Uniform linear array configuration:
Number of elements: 32
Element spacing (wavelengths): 0.5
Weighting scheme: uniform
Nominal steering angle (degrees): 30
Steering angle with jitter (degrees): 29.599
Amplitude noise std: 0.05
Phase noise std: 0.05

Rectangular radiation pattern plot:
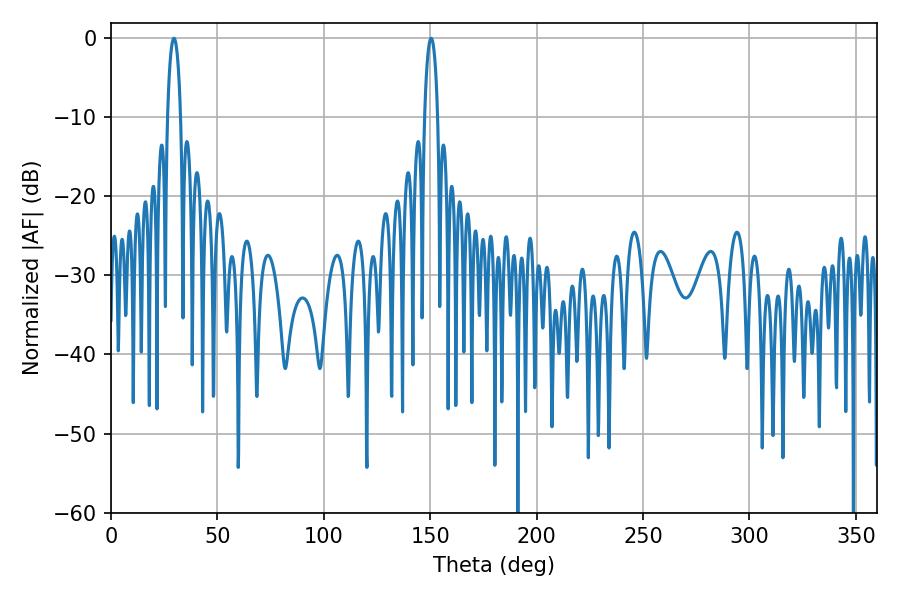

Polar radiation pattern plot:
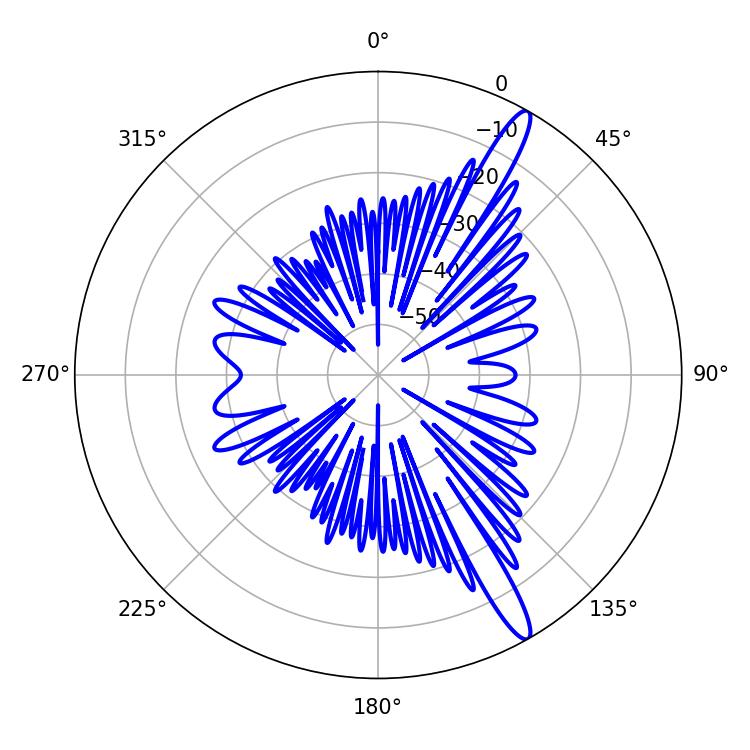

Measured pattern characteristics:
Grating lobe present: FALSE
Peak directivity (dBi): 14.589
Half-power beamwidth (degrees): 3.42
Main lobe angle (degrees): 29.52